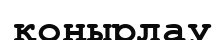
қоңырлау